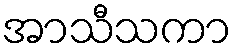
အာသီသကာ